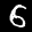
Label: 6